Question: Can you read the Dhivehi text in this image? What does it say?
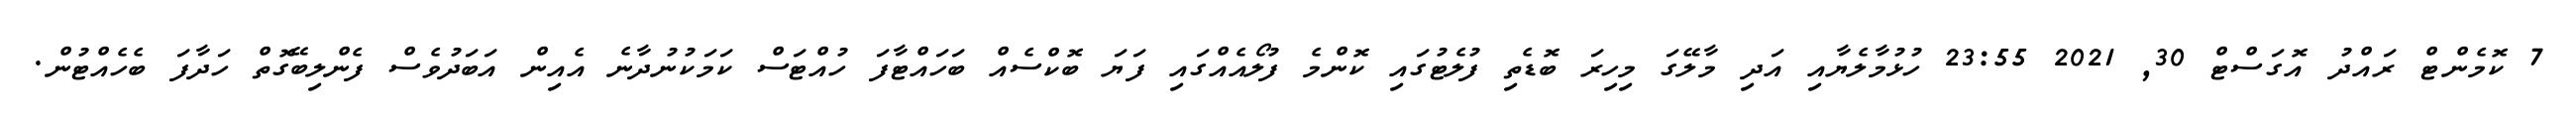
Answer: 7 ކޮމެންޓް ރައްދު އޮގަސްޓް 30, 2021 23:55 ހުޅުމާލެޔާއި އަދި މާލޭގަ މިހިރަ ބޮޑެތި ފުލެޓުގައި ކޮންމެ ފުލޯއެއްގައި ފަޔަ ބޮކްސެއް ބަހައްޓާފަ ހުއްޓަސް ކަމަކުނުދާނެ އެއިން އަބަދުވެސް ފެންލިބޭގޮތް ހަދާފަ ބެހެއްޓުން.